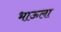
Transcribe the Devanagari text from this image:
भाऊला